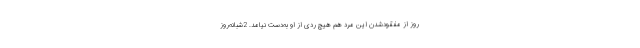
روز از مفقودشدن این مرد هم هیچ ردی از او به‌دست نیامد. 2شبانه‌روز